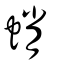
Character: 蛸